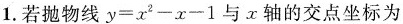
1.若抛物线y=x^{2}-x-1与x轴的交点坐标为